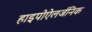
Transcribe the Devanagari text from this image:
हाइपोऐलर्जनिक